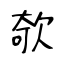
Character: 欹